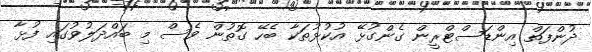
ދުންފަތް އިންޑަސްޓްރީން ގެންގުޅޭ އުކުޅުތަކާ ބެހޭ ގޮތުން ވެސް މި ބައްދަލުވުގައި ފުޅާ